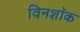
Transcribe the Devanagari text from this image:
विनशॉक